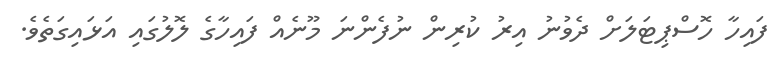
ފައިހާ ހޮސްޕިޓަލަށް ދެވުނު އިރު ކުރިން ނުފެންނަ މޫނެއް ފައިހާގެ ލޮލުގައި އަޅައިގަތެވެ.